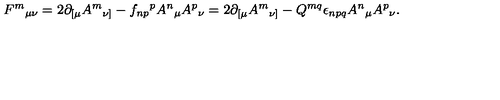
F ^ { m } { } _ { \mu \nu } = 2 \partial _ { [ \mu } A ^ { m } { } _ { \nu ] } - f _ { n p } { } ^ { p } A ^ { n } { } _ { \mu } A ^ { p } { } _ { \nu } = 2 \partial _ { [ \mu } A ^ { m } { } _ { \nu ] } - Q ^ { m q } \epsilon _ { n p q } A ^ { n } { } _ { \mu } A ^ { p } { } _ { \nu } .